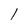
Character: l